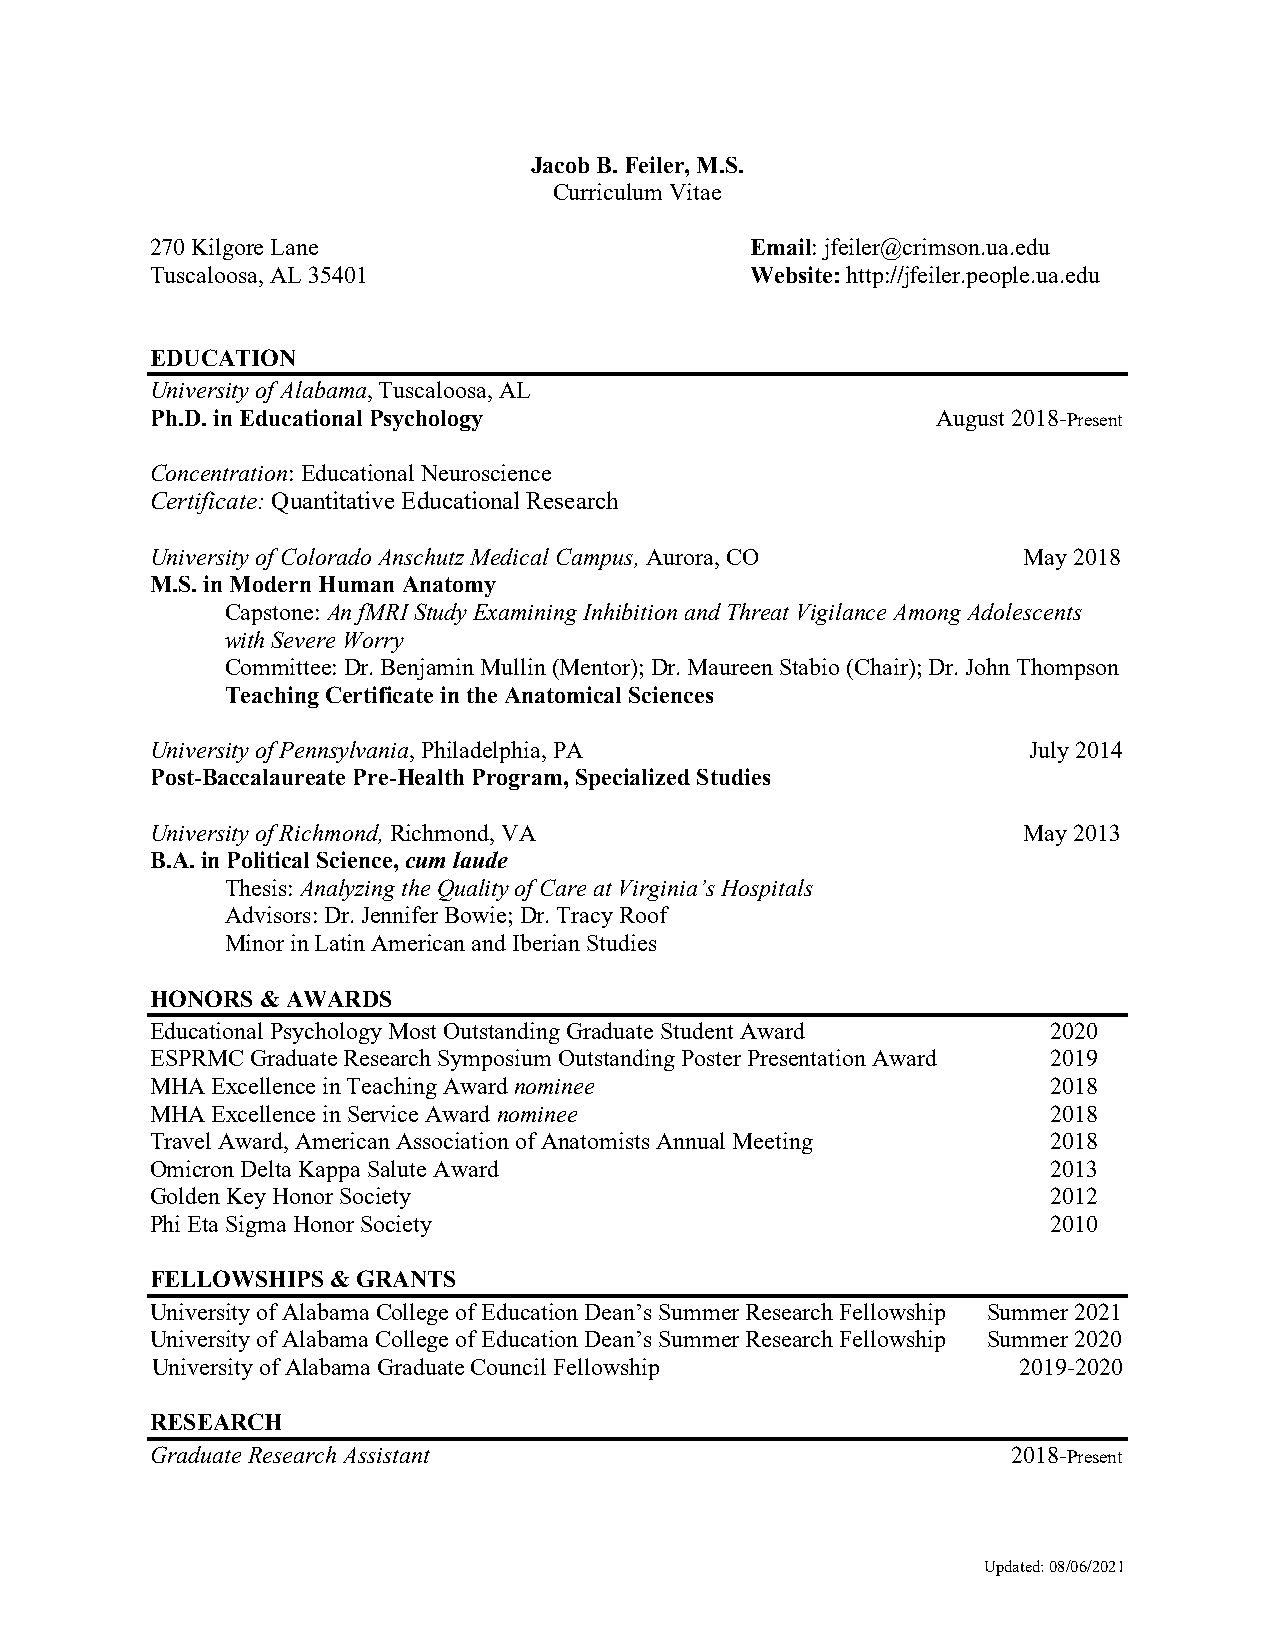
Jacob B. Feiler, M.S.
 Curriculum Vitae
 270 Kilgore Lane                        Email: jfeiler@crimson.ua.edu
 Tuscaloosa, AL 35401                    Website: http://jfeiler.people.ua.edu
 EDUCATION
 University of Alabama, Tuscaloosa, AL
 Ph.D. in Educational Psychology                     August 2018-Present
 Concentration: Educational Neuroscience
 Certificate: Quantitative Educational Research
 University of Colorado Anschutz Medical Campus, Aurora, CO May 2018
 M.S. in Modern Human Anatomy
 Capstone: An fMRI Study Examining Inhibition and Threat Vigilance Among Adolescents
 with Severe Worry
 Committee: Dr. Benjamin Mullin (Mentor); Dr. Maureen Stabio (Chair); Dr. John Thompson
 Teaching Certificate in the Anatomical Sciences
 University of Pennsylvania, Philadelphia, PA              July 2014
 Post-Baccalaureate Pre-Health Program, Specialized Studies
 University of Richmond, Richmond, VA                      May 2013
 B.A. in Political Science, cum laude
 Thesis: Analyzing the Quality of Care at Virginia’s Hospitals
 Advisors: Dr. Jennifer Bowie; Dr. Tracy Roof
 Minor in Latin American and Iberian Studies
 HONORS & AWARDS
 Educational Psychology Most Outstanding Graduate Student Award 2020
 ESPRMC Graduate Research Symposium Outstanding Poster Presentation Award 2019
 MHA Excellence in Teaching Award nominee                    2018
 MHA Excellence in Service Award nominee                     2018
 Travel Award, American Association of Anatomists Annual Meeting 2018
 Omicron Delta Kappa Salute Award                            2013
 Golden Key Honor Society                                    2012
 Phi Eta Sigma Honor Society                                 2010
 FELLOWSHIPS & GRANTS
 University of Alabama College of Education Dean’s Summer Research Fellowship Summer 2021
 University of Alabama College of Education Dean’s Summer Research Fellowship Summer 2020
 University of Alabama Graduate Council Fellowship        2019-2020
 RESEARCH
 Graduate Research Assistant                              2018-Present
 Updated: 08/06/2021